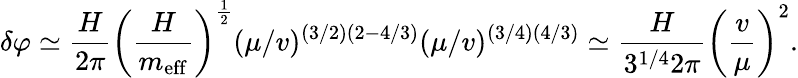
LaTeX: \delta\varphi\simeq\frac{H}{2\pi}\left(\frac{H}{m_{\mathrm{eff}}}\right)^{\frac{1}{2}}(\mu/v)^{(3/2)(2-4/3)}(\mu/v)^{(3/4)(4/3)}\simeq\frac{H}{3^{1/4}2\pi}\left(\frac{v}{\mu}\right)^{2}.